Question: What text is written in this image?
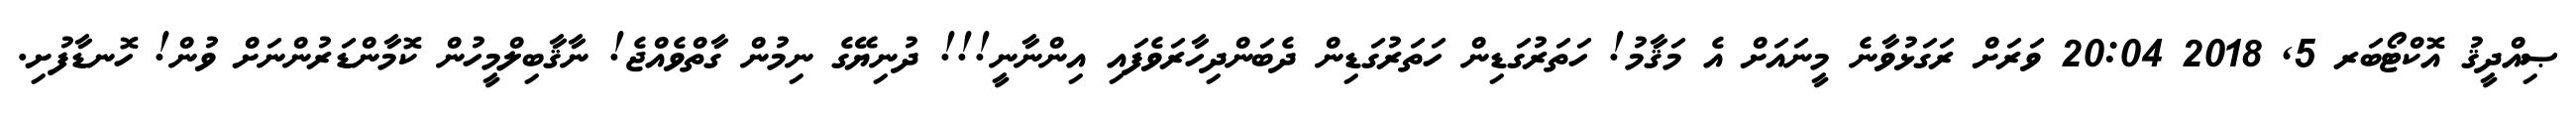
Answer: ޞިއްދީޤު އޮކްޓޯބަރ 5, 2018 20:04 ވަރަށް ރަގަޅުވާނެ މީނައަށް އެ މަޤާމު! ހަތަރުގަޑިން ހަތަރުގަޑިން ދެބަންދިހާރަވެފައި އިންނާނީ!!! ދުނިޔޭގެ ނިމުން ގާތްވެއްޖެ! ނާޤާބިލްމީހުން ކޮމާންޑަރުންނަށް ވުން! ހޮނޑާފުށި.